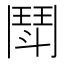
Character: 鬦